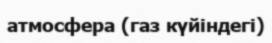
атмосфера (газ күйіндегі)